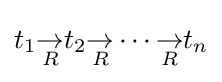
t_{1}{\underset {R}{\rightarrow }}t_{2}{\underset {R}{\rightarrow }}\cdots {\underset {R}{\rightarrow }}t_{n}